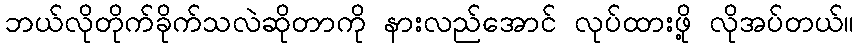
ဘယ်လိုတိုက်ခိုက်သလဲဆိုတာကို နားလည်အောင် လုပ်ထားဖို့ လိုအပ်တယ်။